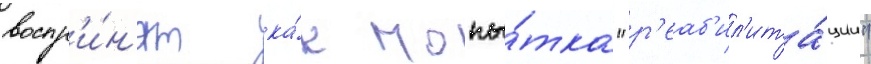
воспр'и́н'ят ка́к попы́тка "р'еаб'ил'ита́ции"